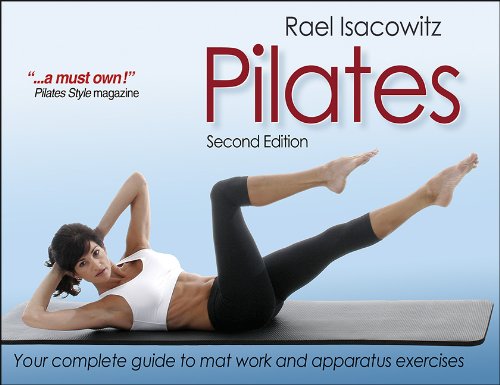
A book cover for Pilates-2nd Edition; Rael Isacowitz; Health, Fitness & Dieting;